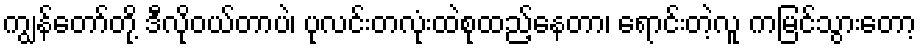
ကျွန်တော်တို့ ဒီလိုဝယ်တာပဲ၊ ပုလင်းတလုံးထဲစုထည့်နေတာ၊ ရောင်းတဲ့လူ ကမြင်သွားတော့